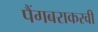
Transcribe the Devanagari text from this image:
पैंगबराकरवी